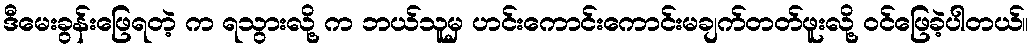
ဒီမေးခွန်းဖြေရတဲ့ က ရသွားလို့ က ဘယ်သူမှ ဟင်းကောင်းကောင်းမချက်တတ်ဖူးလို့ ဝင်ဖြေခဲ့ပါတယ်။